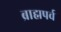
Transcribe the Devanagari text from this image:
ब्राह्मपर्व